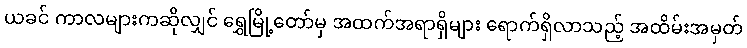
ယခင် ကာလများကဆိုလျှင် ရွှေမြို့တော်မှ အထက်အရာရှိများ ရောက်ရှိလာသည့် အထိမ်းအမှတ်